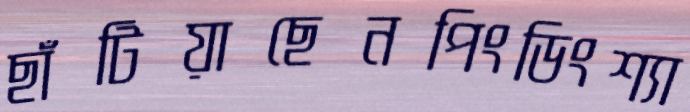
ছাঁটিয়াছেনপিংডিংশ্যা